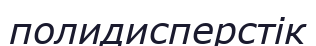
полидисперстік